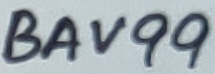
Text: BAV99